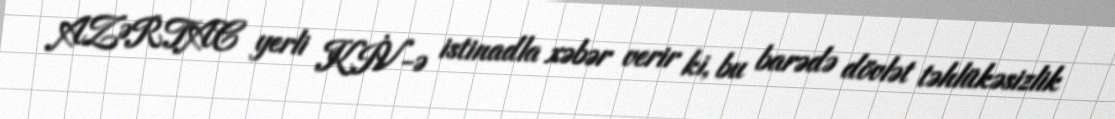
AZƏRTAC yerli KİV-ə istinadla xəbər verir ki, bu barədə dövlət təhlükəsizlik